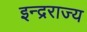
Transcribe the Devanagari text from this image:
इन्द्रराज्य